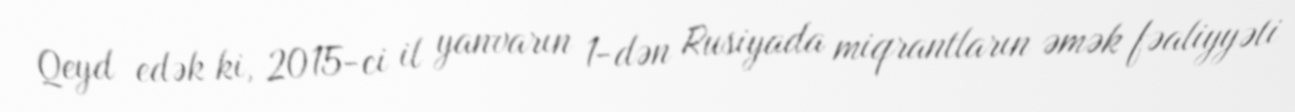
Qeyd edək ki, 2015-ci il yanvarın 1-dən Rusiyada miqrantların əmək fəaliyyəti